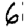
Digit: 6